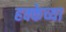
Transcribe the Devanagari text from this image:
हक्केच्या